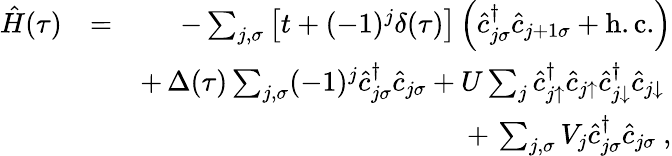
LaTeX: \begin{array}{rlr}{\hat{H}(\tau)}&{=}&{-\sum_{j,\sigma}\left[t+(-1)^{j}\delta(\tau)\right]\left(\hat{c}_{j\sigma}^{\dagger}\hat{c}_{j+1\sigma}+\mathrm{h.c.}\right)}\\ &{}&{+\, \Delta(\tau)\sum_{j,\sigma}(-1)^{j}\hat{c}_{j\sigma}^{\dagger}\hat{c}_{j\sigma}+U\sum_{j}\hat{c}_{j\uparrow}^{\dagger}\hat{c}_{j\uparrow}\hat{c}_{j\downarrow}^{\dagger}\hat{c}_{j\downarrow}~}\\ &{}&{+\, \sum_{j,\sigma}V_{j}\hat{c}_{j\sigma}^{\dagger}\hat{c}_{j\sigma}~,}\end{array}